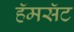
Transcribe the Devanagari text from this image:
हॅमसॅट